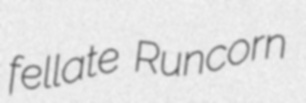
fellate Runcorn